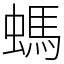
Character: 螞